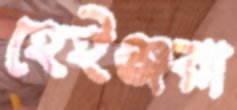
হেইঞ্জরা